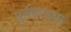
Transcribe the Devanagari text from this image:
पुर्वणारया